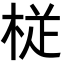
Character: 𭪒